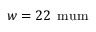
w = 2 2 \, \mathrm { \ m u m }